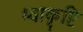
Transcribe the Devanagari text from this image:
भ्वाकृष्टि